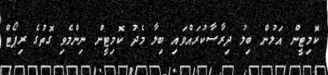
ކޮމިޓީން އަލުން ބިލު ދިރާސާކުރައްވައި ބިލާ މެދު ކޮމިޓީން ނިންމެވި ގޮތުގެ ރިޕޯޓް